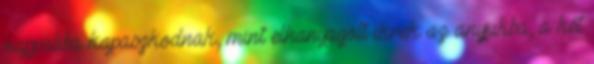
nappaliba kapaszkodnak, mint elhanyagolt ikrek az anyjukba, a két